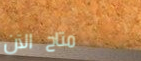
متاح الآن